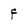
Character: F